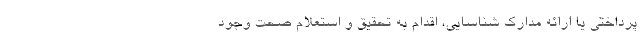
پرداختی یا ارائه مدارک شناسایی، اقدام به تحقیق و استعلام صحت وجود